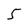
Character: 5